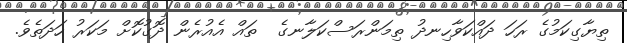
ތިޔާގިކަމުގެ ރަހަ ދައްކަވާހިނދު ތިމަންރަސްކަލާނގެ  ތައް އެއުރެން ދޮގުކޮށް މަކަރު ހަދަތެވެ.